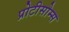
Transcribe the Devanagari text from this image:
प्रोटीसोम्स